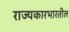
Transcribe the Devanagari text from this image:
राज्यकारभारतील